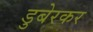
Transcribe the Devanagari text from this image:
डुबेरकर